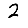
Digit: 2